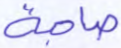
صاحبة